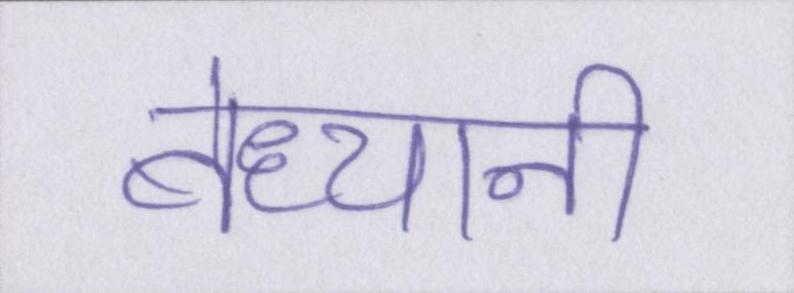
बेध्यानी